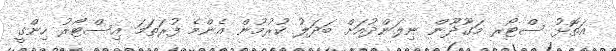
އަތޮޅު ސްޓޯރ މަގޫދޫން ނިލަންދުއަށް ބަދަލު ކުރުމުން އެންމެ ފުރަތަމަ އިސްޓޯރު ހިންގީ